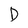
Character: D